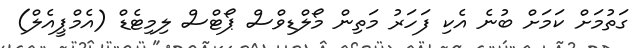
ގަތުމަށް ކަމަށް ބުނެ އެކި ފަހަރު މަތިން މޯލްޑިވްސް ޕޯޓްސް ލިމިޓެޑް (އެމްޕީއެލް)